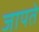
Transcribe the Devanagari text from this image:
जापते